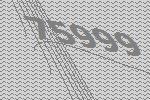
75999